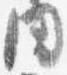
同